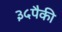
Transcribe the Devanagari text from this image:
३५पैकी